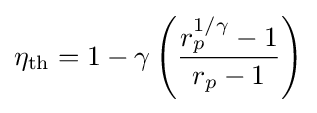
\eta _{\rm {th}}=1-\gamma \left({\frac {r_{p}^{1/\gamma }-1}{r_{p}-1}}\right)